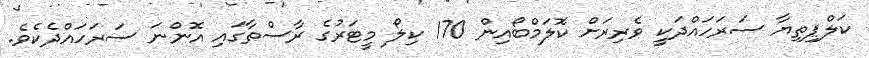
ކަލްޕިތިޔާ ސަރަހައްދަކީ ވެރިރަށް ކޮލަމްބޯއިން 170 ކިލޯ މީޓަރުގެ ރާސްތާގައި އޮންނަ ސަރަހައްދެކެވެ.